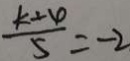
\frac { k + \varphi } { 5 } = - 2